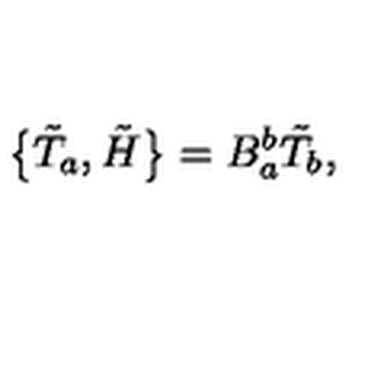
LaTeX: \bigl \{ \tilde { T } _ { a } , \tilde { H } \bigr \} = B _ { a } ^ { b } \tilde { T } _ { b } ,